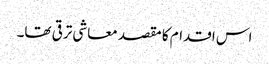
اس اقدام کا مقصد معاشی ترقی تھا۔